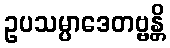
ဥပသမ္ပာဒေတဗ္ဗန္တိ